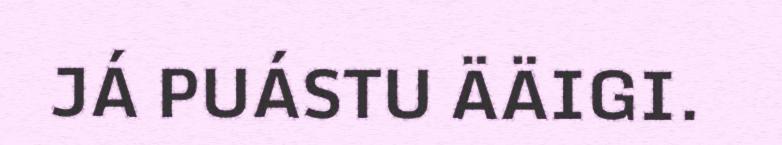
JÁ PUÁSTU ÄÄIGI.